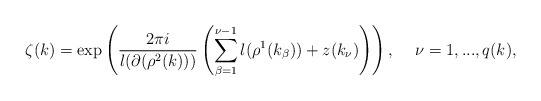
\begin{align*}\zeta (k)=\exp \left( \frac{2\pi i}{l(\partial (\rho ^{2}(k)))}\left(\sum_{\beta =1}^{\nu -1}l(\rho ^{1}(k_{\beta }))+z(k_{\nu })\right) \right) ,\hspace{0.2in}\nu =1,...,q(k), \end{align*}